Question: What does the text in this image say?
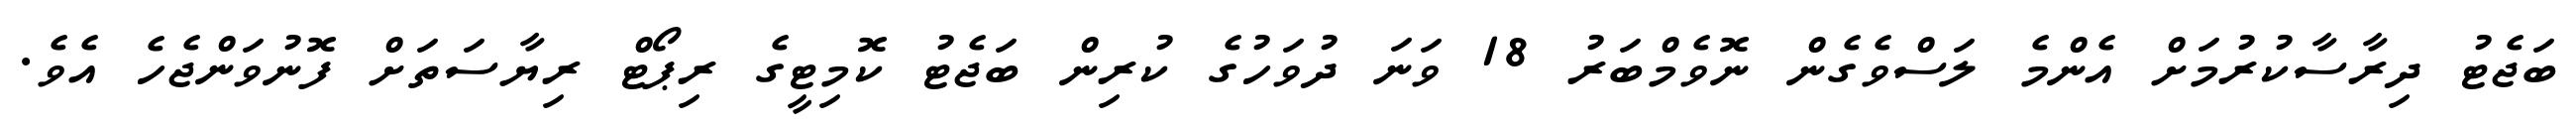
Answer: ބަޖެޓު ދިރާސާކުރުމަށް އެންމެ ލަސްވެގެން ނޮވެމްބަރު 18 ވަނަ ދުވަހުގެ ކުރިން ބަޖެޓު ކޮމިޓީގެ ރިޕޯޓް ރިޔާސަތަށް ފޮނުވަންޖެހެ އެވެ.